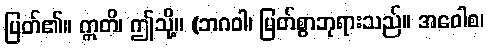
ပြတ်၏။ ဣတိ၊ ဤသို့။ (ဘဂဝါ၊ မြတ်စွာဘုရားသည်။ အဝေါစ၊